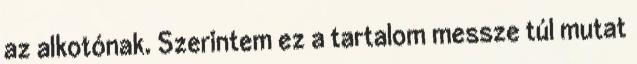
az alkotónak. Szerintem ez a tartalom messze túl mutat